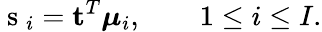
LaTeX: \mathrm{~s~}_{i}=\mathbf{t}^{T}\boldsymbol{\mu}_{i},\qquad 1\leq i\leq I.